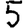
Digit: 5